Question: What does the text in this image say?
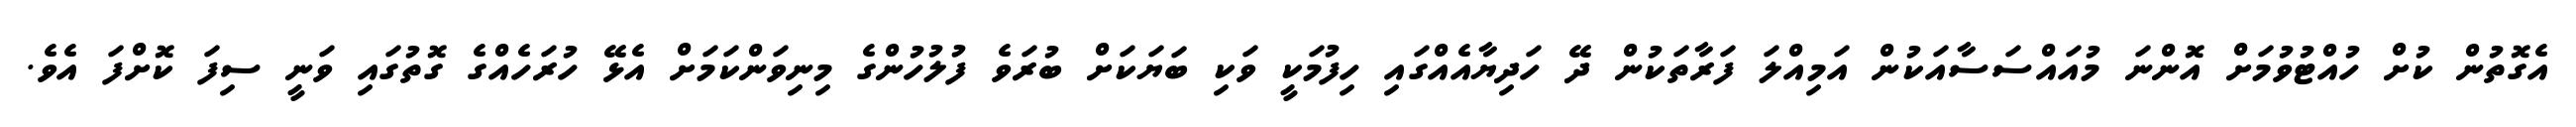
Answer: އެގޮތުން ކުށް ހުއްޓުވުމަށް އޮންނަ މުއައްސަސާއަކުން އަމިއްލަ ފަރާތަކުން ދޭ ހަދިޔާއެއްގައި ހިފުމަކީ ވަކި ބަޔަކަށް ބުރަވެ ފުލުހުންގެ މިނިވަންކަމަށް އެޅޭ ހުރަހެއްގެ ގޮތުގައި ވަނީ ސިފަ ކޮށްފަ އެވެ.